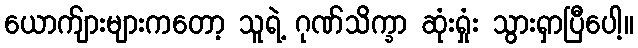
ယောက်ျားများကတော့ သူရဲ့ ဂုဏ်သိက္ခာ ဆုံးရှုံး သွားရှာပြီပေါ့။